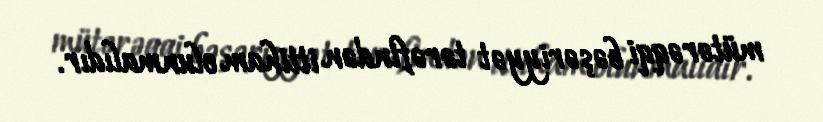
mütərəqqi bəşəriyyət tərəfindən ittiham olunmalıdır.